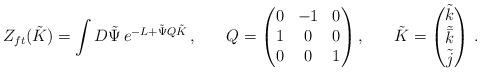
LaTeX: \begin{align*}Z_{ft}(\tilde{K})&= \int D \tilde{\Psi}\, e^{-L + \tilde{\Psi} Q \tilde{K}}\,,&Q&=\begin{pmatrix}0&-1&0\\1&0&0\\0&0&1\end{pmatrix},&\tilde{K}&=\begin{pmatrix}\tilde{k}\\\tilde{\bar{k}}\\\tilde{j}\end{pmatrix}\,.\end{align*}